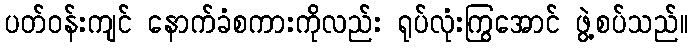
ပတ်ဝန်းကျင် နောက်ခံစကားကိုလည်း ရုပ်လုံးကြွအောင် ဖွဲ့စပ်သည်။